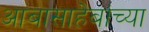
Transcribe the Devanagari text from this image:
आबासाहेबांच्या